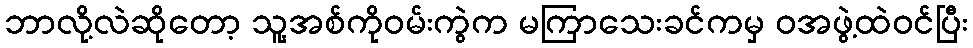
ဘာလို့လဲဆိုတော့ သူ့အစ်ကိုဝမ်းကွဲက မကြာသေးခင်ကမှ ဝအဖွဲ့ထဲဝင်ပြီး